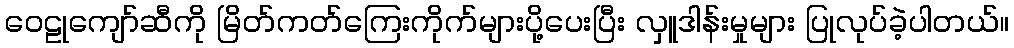
ဝေဠုကျော်ဆီကို မြိတ်ကတ်ကြေးကိုက်များပို့ပေးပြီး လှူဒါန်းမှုများ ပြုလုပ်ခဲ့ပါတယ်။